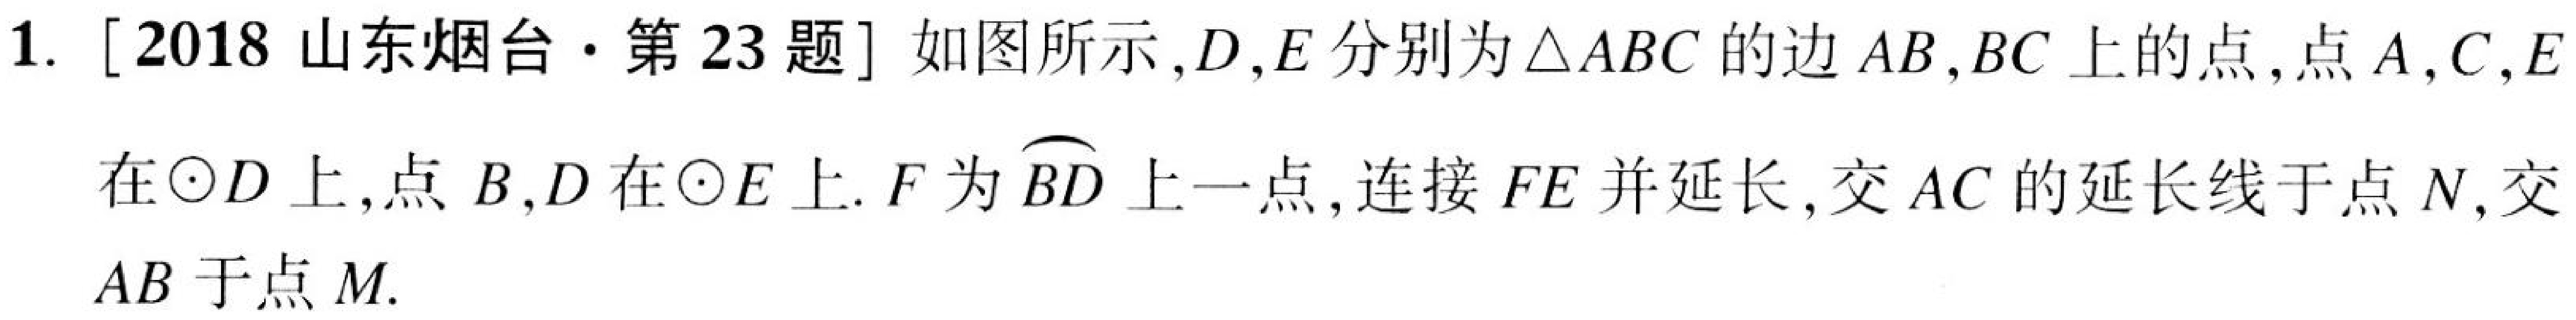
1. [2018 山东烟台·第 23 题] 如图所示，\(D\)，\(E\)分别为\(\triangle ABC\)的边\(AB\)，\(BC\)上的点，点\(A\)，\(C\)，\(E\)在\(\odot D\)上，点\(B\)，\(D\)在\(\odot E\)上. \(F\)为\(\overset{\frown}{BD}\)上一点，连接\(FE\)并延长，交\(AC\)的延长线于点\(N\)，交\(AB\)于点\(M\).